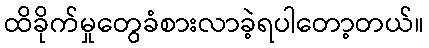
ထိခိုက်မှုတွေခံစားလာခဲ့ရပါတော့တယ်။